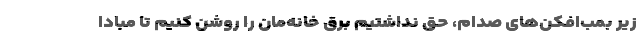
زیر بمب‌افکن‌های صدام، حق نداشتیم برق خانه‌مان را روشن کنیم تا مبادا